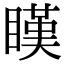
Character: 䁧